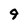
Character: 9